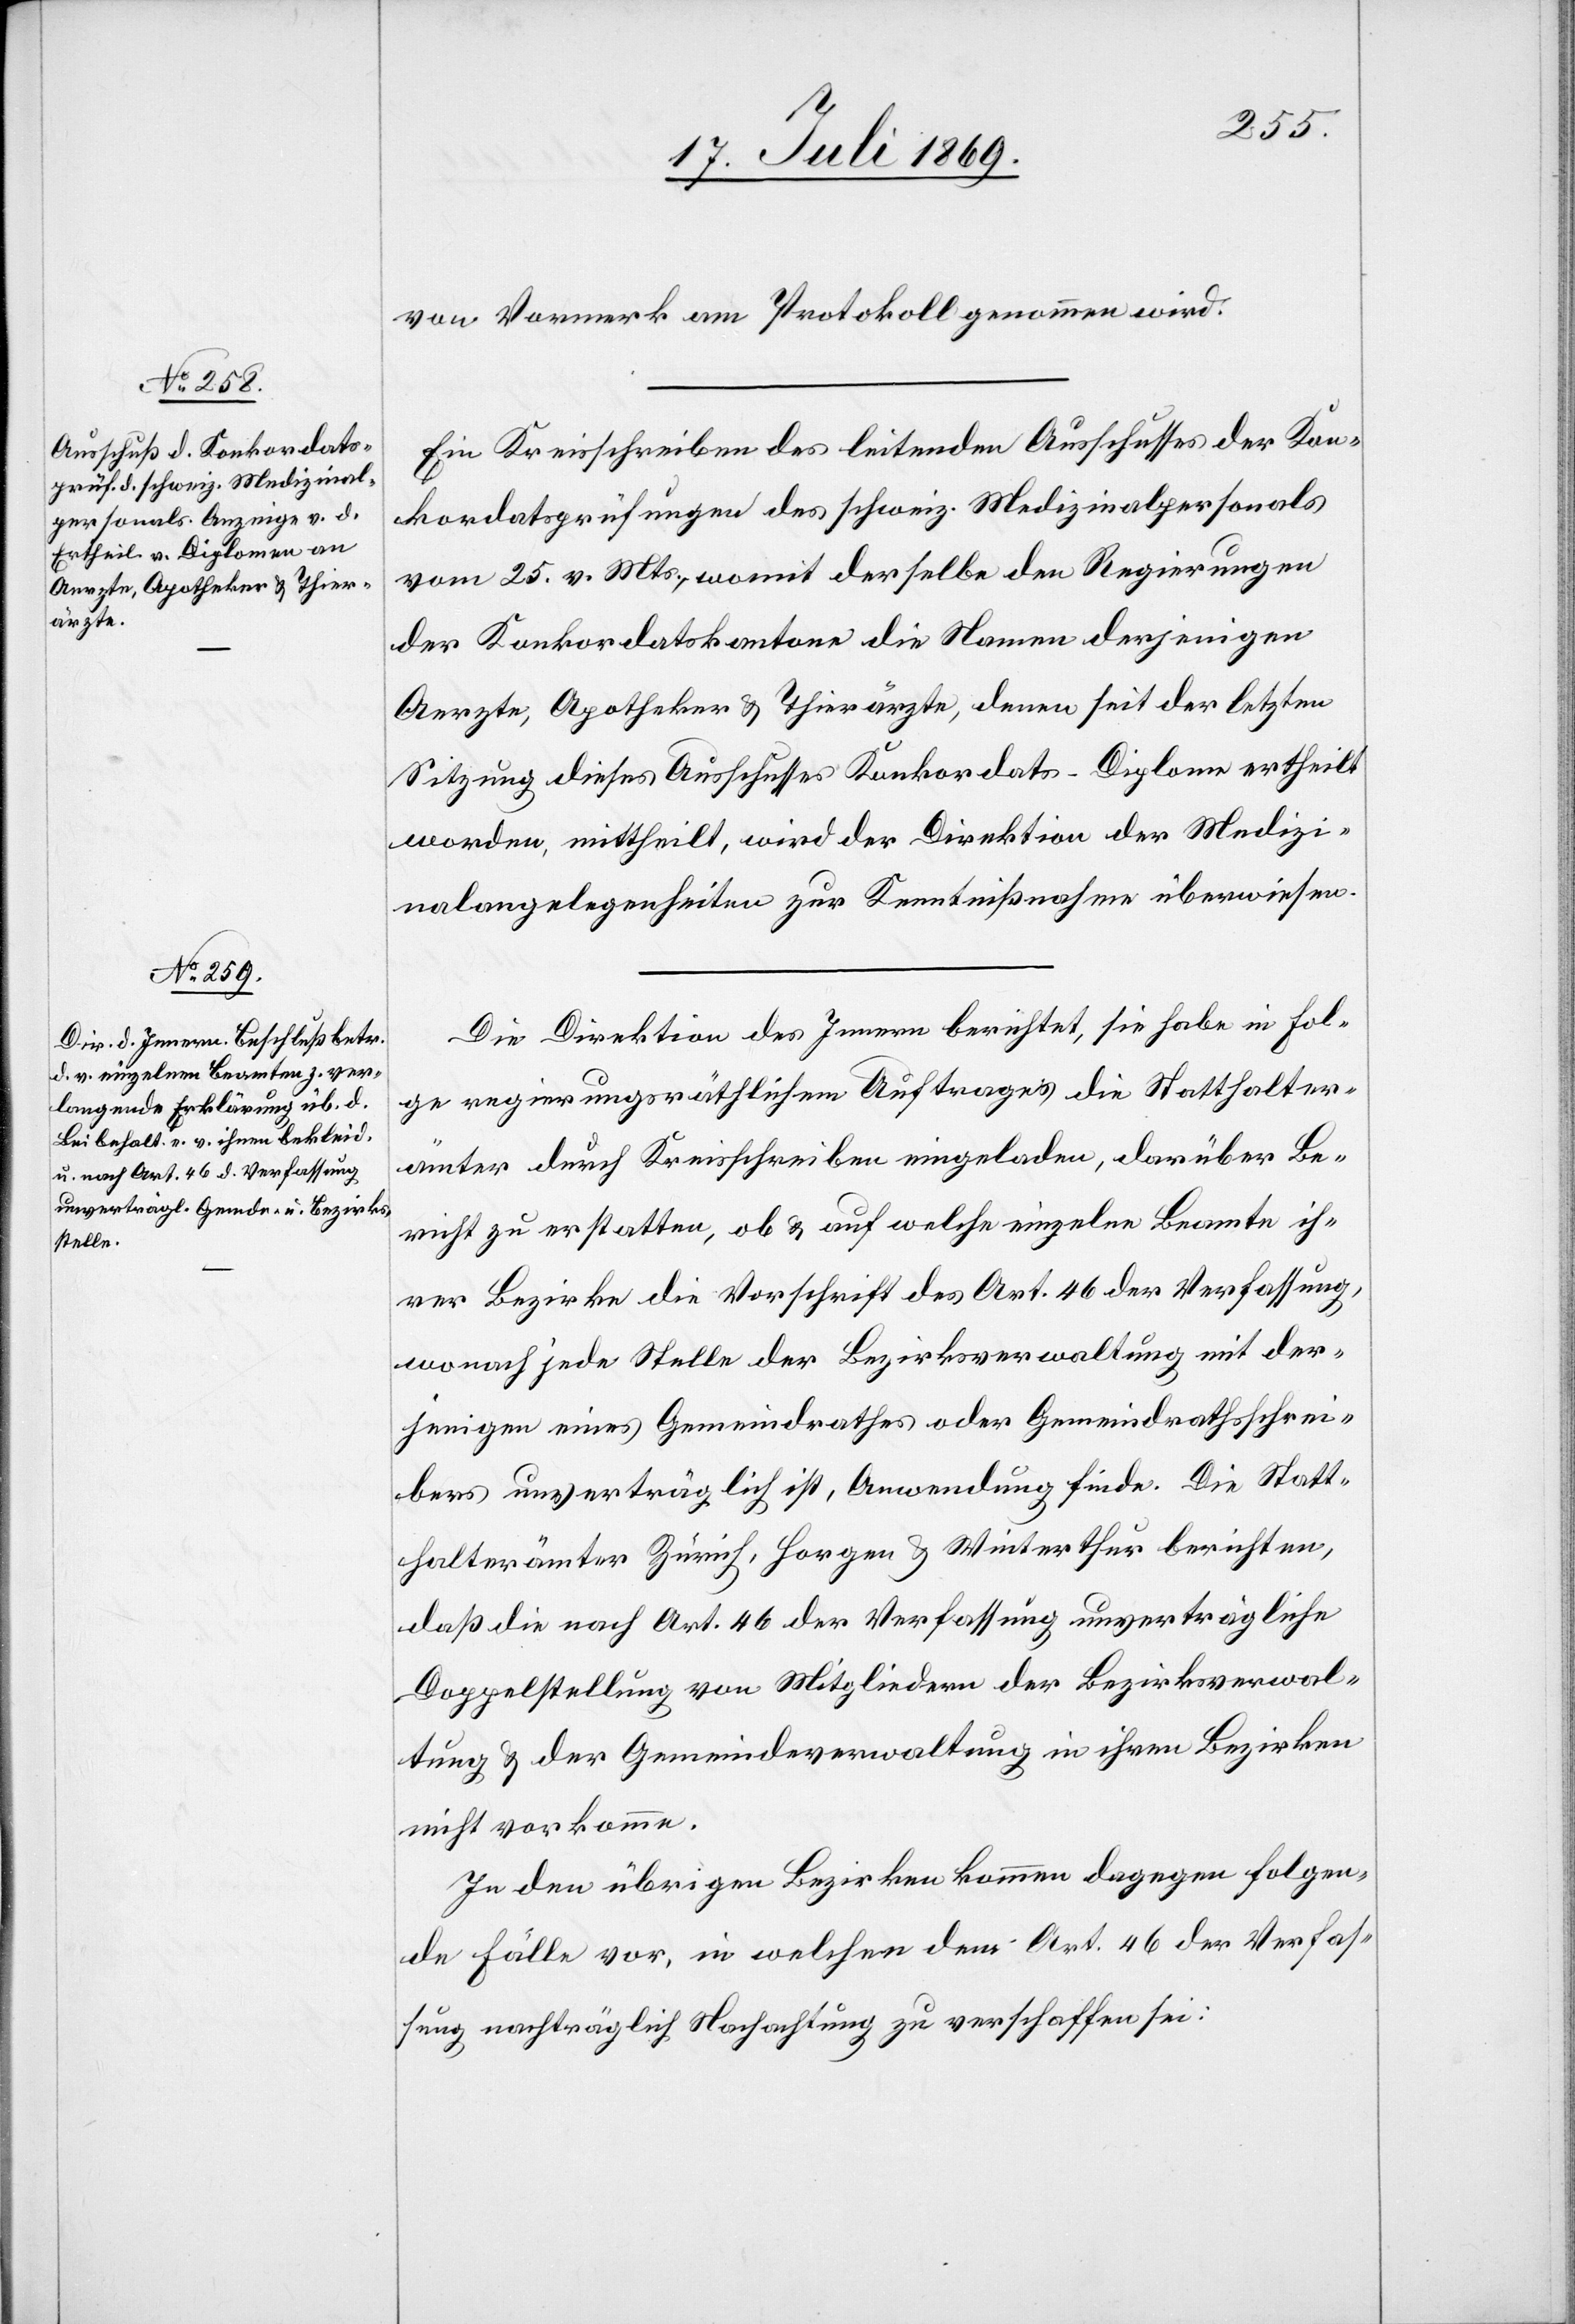
von Vormerk am Protokoll genommen wird.
Ein Kreisschreiben des leitenden Ausschusses der Kon¬
kordatsprüfungen des schweiz. Medizinalpersonals
vom 25 v. Mts., womit derselbe den Regierungen
der Konkordatskantone die Namen derjenigen
Aerzte, Apotheker u. Thierärzte, denen seit der letzten
Sitzung dieses Ausschusses Konkordats-Diplome ertheilt
worden, mittheilt, wird der Direktion der Medizi¬
nalangelegenheiten zur Kenntnißnahme überwiesen.
Die Direktion des Innern berichtet, sie habe in Fol¬
ge regierungsräthlichen Auftrages die Statthalter¬
ämter durch Kreisschreiben eingeladen, darüber Be¬
richt zu erstatten, ob u. auf welche einzelne Beamte ih¬
rer Bezirke die Vorschrift des Art. 46 der Verfassung,
wonach jede Stelle der Bezirksverwaltung mit der¬
jenigen eines Gemeindrathes oder Gemeindrathsschrei¬
bers unverträglich ist, Anwendung finde. Die Statt¬
halterämter Zürich, Horgen u. Winterthur berichten,
daß die nach Art. 46 der Verfassung unverträgliche
Doppelstellung von Mitgliedern der Bezirksverwal¬
tung u. der Gemeindeverwaltung in ihren Bezirken
nicht vorkomme.
In den übrigen Bezirken kommen dagegen folgen¬
de Fälle vor, in welchen dem Art. 46 der Verhaf¬
tung nachträglich Nachachtung zu verschaffen sei: